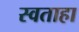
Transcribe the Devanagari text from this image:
स्वताहा